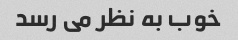
خوب به نظر می رسد